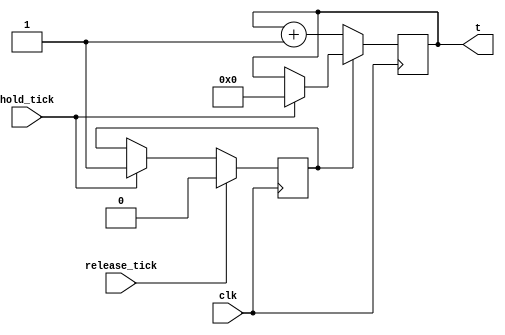

module timer (clk,t,hold_tick,release_tick);

//INPUTS:
input clk;
input hold_tick;
input release_tick;
//clk - 	WIRE FROM (PLL)
//hold_tick - WIRE FROM (HOLD_DETECTOR) 
//release_tick - WIRE FROM (RELEASE_DETECTOR)

//OUTPUTS:
output reg [22:0] t;
//t - REGISTER THAT COUNTS THE TIME PERIOD BETWEEN TWO ADC MEASURMENTS (MEASURMENT FREQ = 25MHz/2^23 = 2.98 Hz)

//OTHER NETS AND REGISTERS:
reg hold_enable;
//hold_enable - REGISTER THAT INFORMS THE TIMER ABOUT THE HOLD STATE (IF hold_tick IS PROVIDED THAN hold_enable
//              is set to 1 and timer is zeroed and stopped)


//////////////////////////////TIMER/////////////////////////////////////////////////////////////////////////////
initial
	begin
		t <= 0;
		hold_enable <= 1'b0;
	end

always @(posedge clk)
	begin
		if(hold_tick) 
			begin
				hold_enable <= 1'b1;
				t <= 0;
			end
		if(release_tick)
				hold_enable <= 1'b0;
		if (hold_enable == 1'b0)	
				t <= t + 1'b1;
	end
endmodule 
////////////////////////////////////////////////////////////////////////////////////////////////////////////////